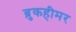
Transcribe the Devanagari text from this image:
ब्रुकहीमर